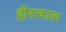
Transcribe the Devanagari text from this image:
हीराकाता